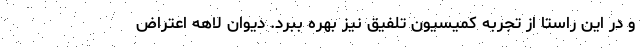
و در این راستا از تجربه کمیسیون تلفیق نیز بهره ببرد. دیوان لاهه اعتراض